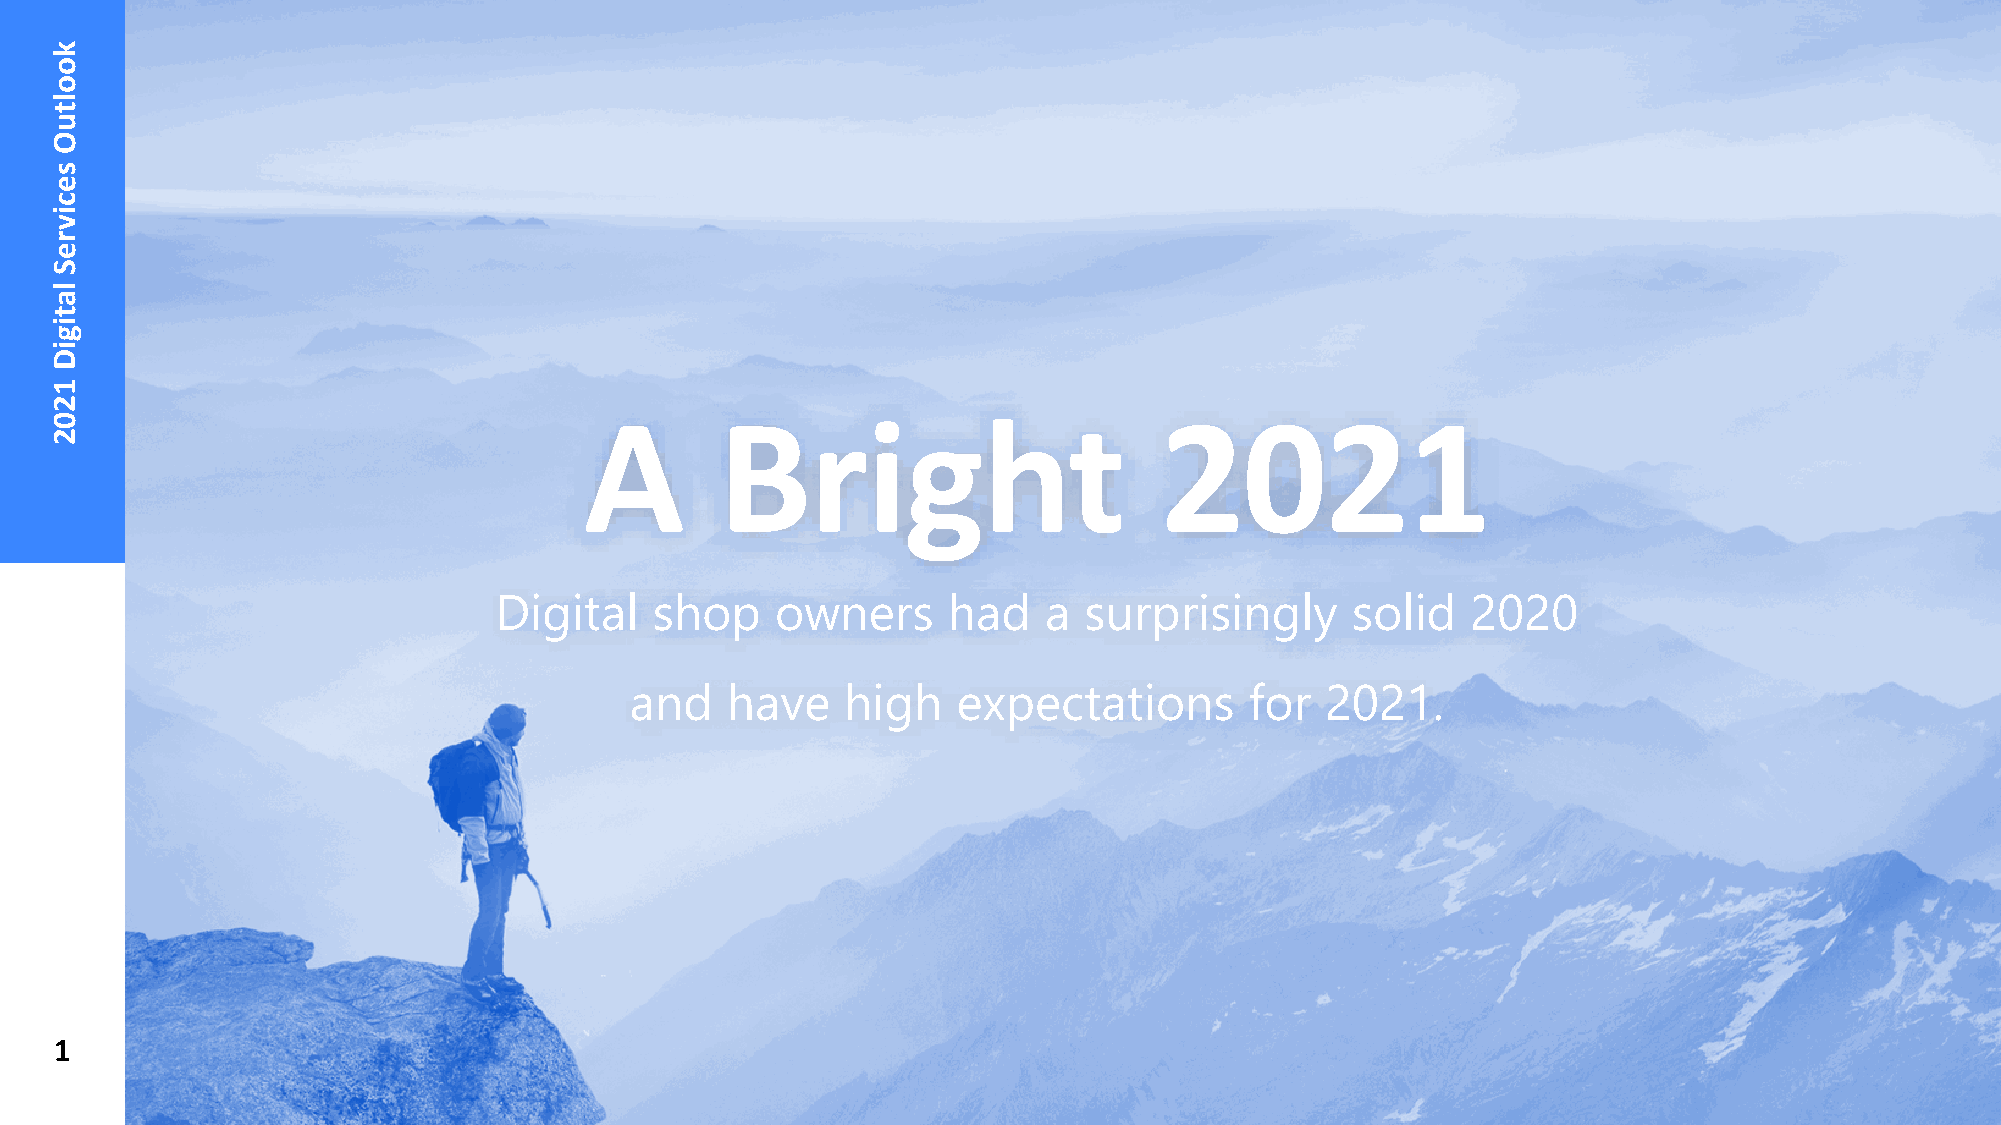
A        Bright                       2021
 Digital   shop    owners      had   a  surprisingly     solid   2020
 and   have    high   expectations        for  2021.
 1
 kooltuO
 secivreS
 latigiD
 1202